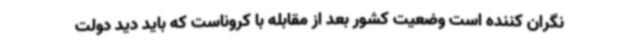
نگران کننده است وضعیت کشور بعد از مقابله با کروناست که باید دید دولت